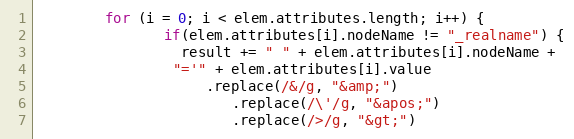
Language: JavaScript
        for (i = 0; i < elem.attributes.length; i++) {
               if(elem.attributes[i].nodeName != "_realname") {
                 result += " " + elem.attributes[i].nodeName +
                "='" + elem.attributes[i].value
                    .replace(/&/g, "&amp;")
                       .replace(/\'/g, "&apos;")
                       .replace(/>/g, "&gt;")